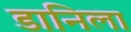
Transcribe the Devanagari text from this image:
डानिला